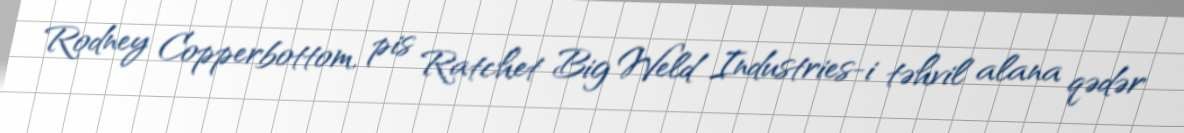
Rodney Copperbottom, pis Ratchet Big Weld Industries-i təhvil alana qədər